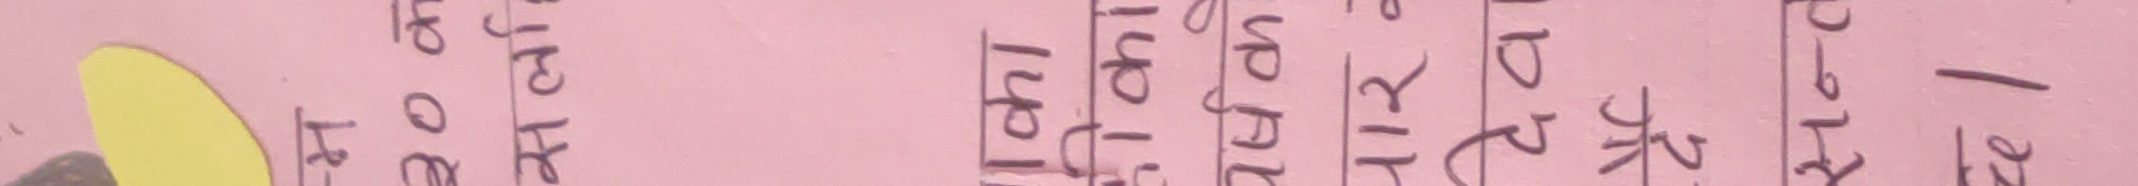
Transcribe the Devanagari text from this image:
The extracted text from the image is:
माथि एक को प्रकाश छ अत एक माथि हरु